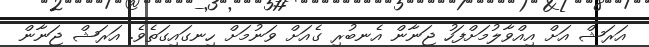
އަރަޝް އަށް އިއްވާލުމަށްފަހު ޖަނާން އެނބުރި ގެއަށް ވަނުމަށް ހިނގައިގަތެވެ. އަރަޝް ޖަނާން